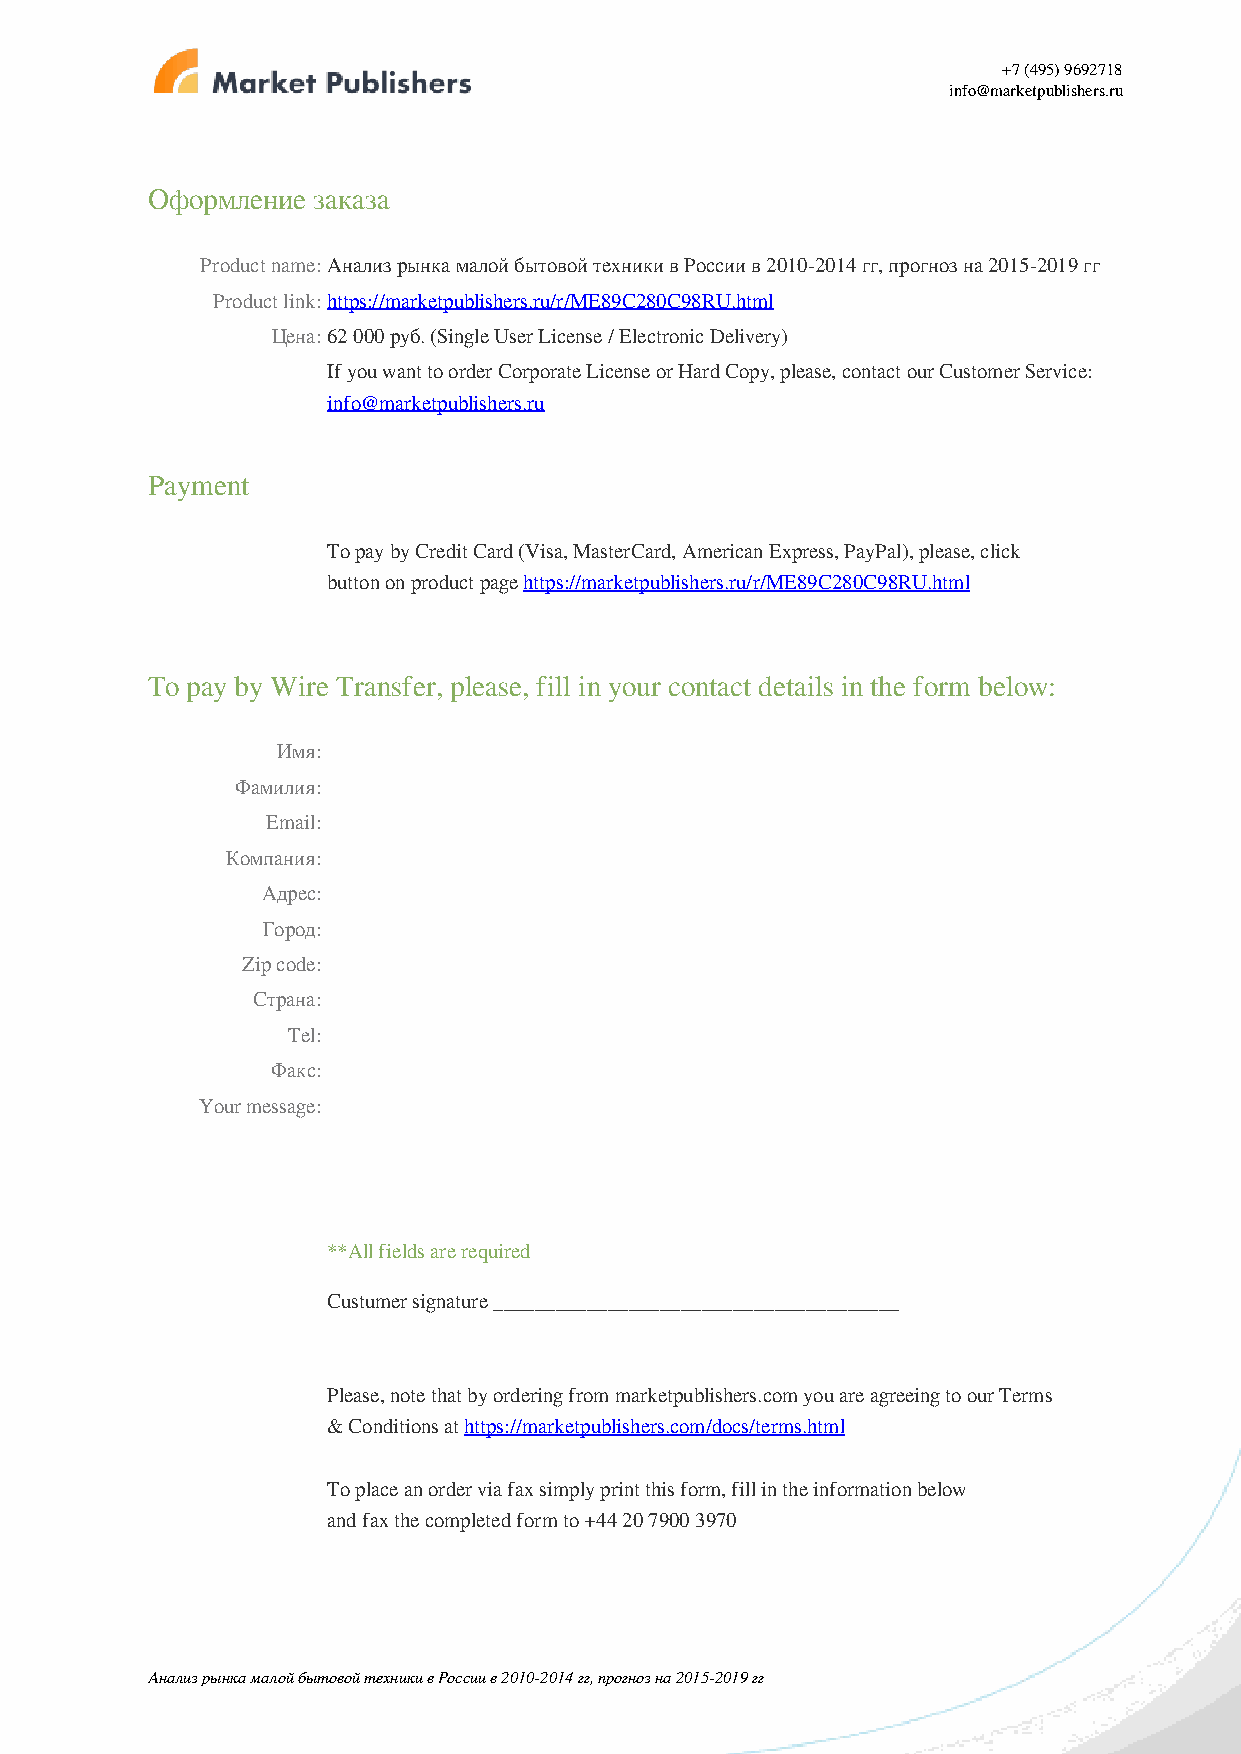
+7 (495) 9692718
 info@marketpublishers.ru
 Оформление заказа
 Product name:Анализ рынка малой бытовой техники в России в 2010-2014 гг, прогноз на 2015-2019 гг
 Product link:https://marketpublishers.ru/r/ME89C280C98RU.html
 Цена:62 000 руб. (Single User License / Electronic Delivery)
 If you want to order Corporate License or Hard Copy, please, contact our Customer Service:
 info@marketpublishers.ru
 Payment
 To pay by Credit Card (Visa, MasterCard, American Express, PayPal), please, click
 button on product page https://marketpublishers.ru/r/ME89C280C98RU.html
 To pay by Wire Transfer, please, fill in your contact details in the form below:
 Имя:
 Фамилия:
 Email:
 Компания:
 Адрес:
 Город:
 Zip code:
 Страна:
 Tel:
 Факс:
 Your message:
 **All fields are required
 Custumer signature _______________________________________
 Please, note that by ordering from marketpublishers.com you are agreeing to our Terms
 & Conditions at https://marketpublishers.com/docs/terms.html
 To place an order via fax simply print this form, fill in the information below
 and fax the completed form to +44 20 7900 3970
 Анализ рынка малой бытовой техники в России в 2010-2014 гг, прогноз на 2015-2019 гг
 Powered by TCPDF (www.tcpdf.org)